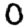
Digit: 0